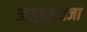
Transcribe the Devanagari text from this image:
अनुवादवजा